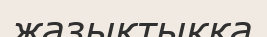
жазықтыкқа